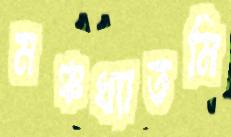
মঞ্চখ্যাতমি